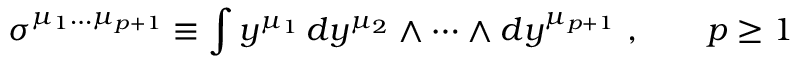
\sigma ^ { \mu _ { 1 } \dots \mu _ { p + 1 } } \equiv \int y ^ { \mu _ { 1 } } \, d y ^ { \mu _ { 2 } } \wedge \dots \wedge d y ^ { \mu _ { p + 1 } } \ , \qquad p \ge 1